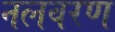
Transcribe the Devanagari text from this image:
नलवरण